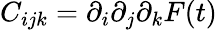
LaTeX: C_{ijk}=\partial_{i}\partial_{j}\partial_{k}F(t)